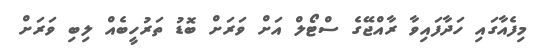
މިފެއާގައި ހަދާފައިވާ ރާއްޖޭގެ ސްޓޯލް އަށް ވަރަށް ބޮޑު ތަރުހީބެއް ލިބި ވަރަށް